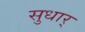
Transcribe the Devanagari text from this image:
सुधार्